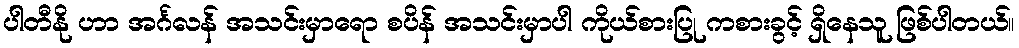
ပါတီနို ဟာ အင်္ဂလန် အသင်းမှာရော စပိန် အသင်းမှာပါ ကိုယ်စားပြု ကစားခွင့် ရှိနေသူ ဖြစ်ပါတယ်။